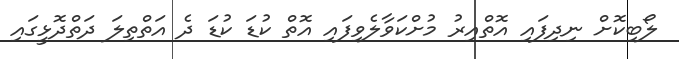
ލޯބިކޮށް ނިދިފައި އޮތްއިރު މުށްކަވާލެވިފައި އޮތް ކުޑަ ކުޑަ ދެ އަތްތިލަ ދަތްދޮޅީގައި